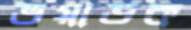
ভয়াডক